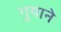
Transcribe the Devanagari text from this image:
गुयाने